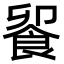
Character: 𩛁